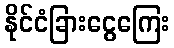
နိုင်ငံခြားငွေကြေး